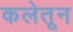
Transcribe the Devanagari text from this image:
कलेतून